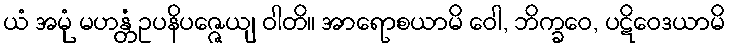
ယံ အမုံ မဟန္တံ ဥပနိပဇ္ဇေယျ ဝါတိ။ အာရောစယာမိ ဝေါ, ဘိက္ခဝေ, ပဋိဝေဒယာမိ